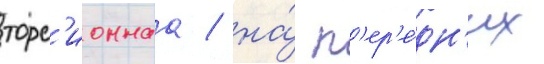
торс'ионнаа / на́ п'ер'е́дн'их